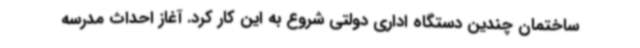
ساختمان چندین دستگاه اداری دولتی شروع به این کار کرد. آغاز احداث مدرسه